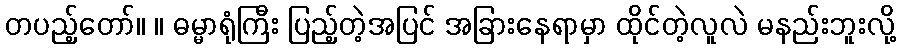
တပည့်တော်။ ။ ဓမ္မာရုံကြီး ပြည့်တဲ့အပြင် အခြားနေရာမှာ ထိုင်တဲ့လူလဲ မနည်းဘူးလို့